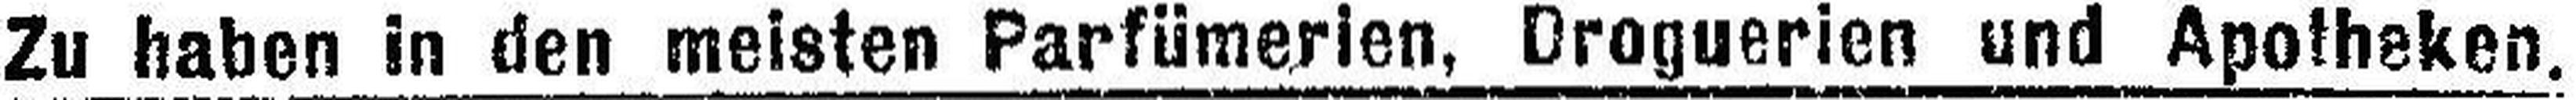
Zu haben in den meisten Parfümerien, Droguerien und Apotheken.